Scottish Leaving Certificate Examination, 1961
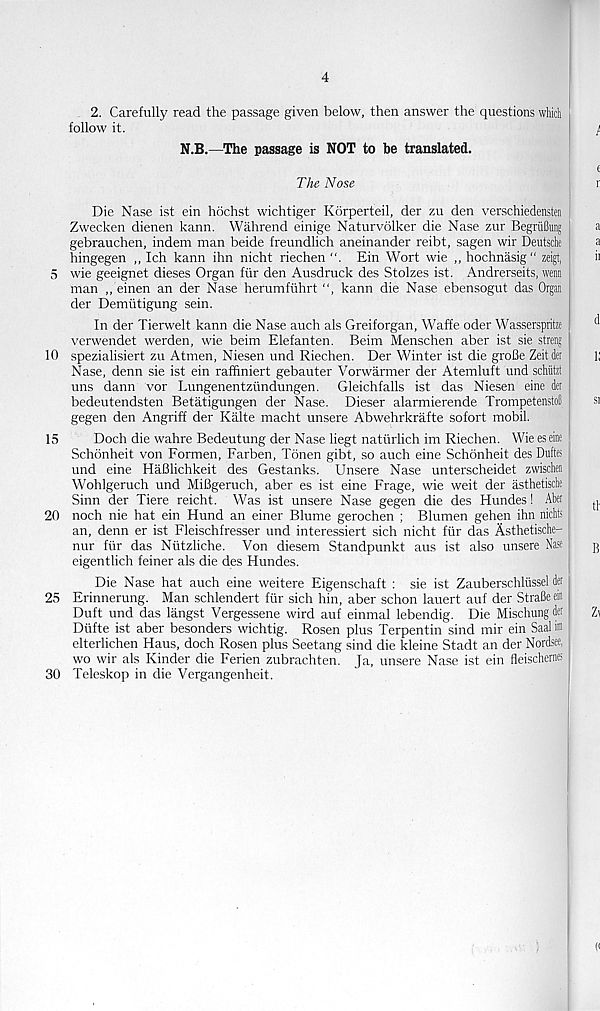
4
2. Carefully read the passage given below, then answer the questions which
follow it.
N.B.—The passage is NOT to be translated.
The Nose
Die Nase ist ein hochst wichtiger Korperteil, der zu den verschiedensten
Zwecken dienen kann. Wahrend einige Naturvolker die Nase zur Begriiflffl
gebrauchen, indem man beide freundlich aneinander reibt, sagen wir Deutsche
hingegen „ Ich kann ihn nicht riechen
Ein Wort wie ,, hochnasig “ zeigt,
5 wie geeignet dieses Organ fur den Ausdruck des Stolzes ist. Andrerseits, wem
man „ einen an der Nase herumfiihrt ", kann die Nase ebensogut das Organ
der Demiitigung sein.
In der Tierwelt kann die Nase auch als Greiforgan, Waffe oder Wasserspritze
verwendet werden, wie beim Elefanten. Beim Menschen aber ist sie streng
10 spezialisiert zu Atmen, Niesen und Riechen. Der Winter ist die groBe Zeitder
Nase, denn sie ist ein raffiniert gebauter Vorwarmer der Atemluft und schiitzt
uns dann vor Lungenentzundungen. Gleichfalls ist das Niesen eine det
bedeutendsten Betatigungen der Nase. Dieser alarmierende Trompetenstofi
gegen den Angriff der Kalte macht unsere Abwehrkrafte sofort mobil.
15
Doch die wahre Bedeutung der Nase liegt natiirlich im Riechen. Wie eseine
Schonheit von Formen, Farben, Tonen gibt, so auch eine Schonheit des Duftes
und eine HaBlichkeit des Gestanks. Unsere Nase unterscheidet zwischen
Wohlgeruch und MiBgeruch, aber es ist eine Frage, wie weit der asthetische
Sinn der Tiere reicht. Was ist unsere Nase gegen die des Hundes! Aber
20 noch nie hat ein Hund an einer Blume gerochen ; Blumen gehen ihn nichts
an, denn er ist Fleischfresser und interessiert sich nicht fur das Asthetische-
nur fur das Niitzliche. Von diesem Standpunkt aus ist also unsere Nase
eigentlich feiner als die des Hundes.
Die Nase hat auch eine weitere Eigenschaft : sie ist Zauberschliissel der
25 Erinnerung. Man schlendert fur sich hin, aber schon lauert auf der StraBe ein
Duft und das langst Vergessene wird auf einmal lebendig. Die Mischung der
Dufte ist aber besonders wichtig. Rosen plus Terpentin sind mir ein Saal im
elterlichen Haus, doch Rosen plus Seetang sind die kleine Stadt an der Nordsee,
wo wir als Kinder die Ferien zubrachten. Ja, unsere Nase ist ein fleischernes
30 Teleskop in die Vergangenheit.